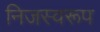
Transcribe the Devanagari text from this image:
निजस्वरूप